Report on plague in the Punjab from October 1st ... to September 30th ..., being the ... season of plague in the province
Disease focus: Plague
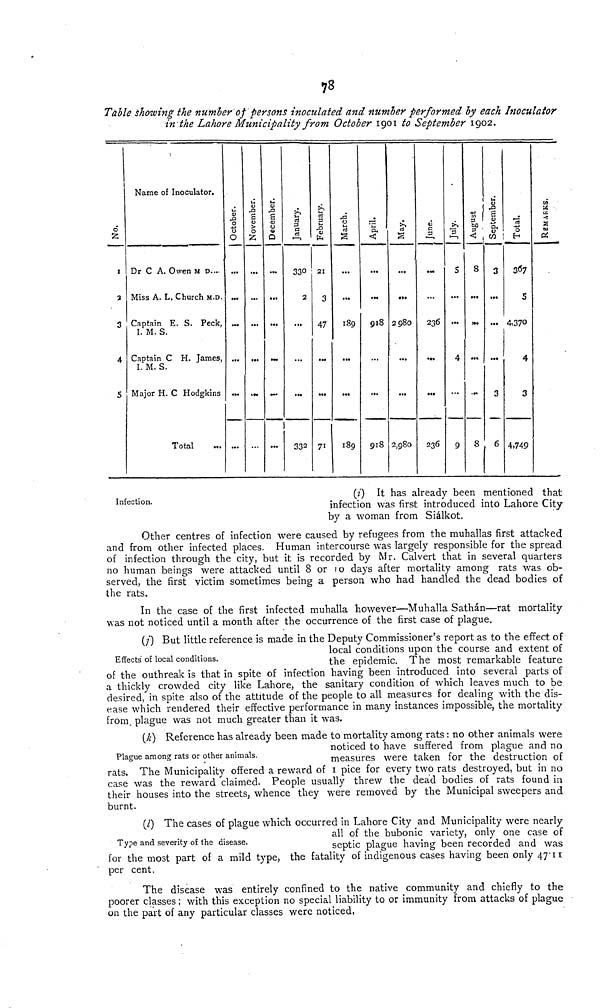
78
Table showing the number of persons inoculated and number performed by each Inoculator
in the Lahore Municipality from October 1901 to September 1902.
No.
1
1
3
4
5
Name of Inoculator.
Dr C A. Owen M D...
Miss A. L. Church M.D.
Captain E. S. Peck,
I. M. S.
Captain C H. James,
I. M. S.
Major H. C Hodgkins
Total
October.
...
•••
...
November.
...
...
December.
•••
...
January.
330
2
332
February.
21
3
47
71
March.
...
189
189
April.
...
918
918
May.
...
2980
2,980
c
3
•—1
...
236
236
1—1
5
...
4
9
August
8
...
8
September.
3
...
...
3
6
Total.
367
5
4.370
4
3
4,749
REMARKS.
Infection.
(i) It has already been mentioned that
infection was first introduced into Lahore City
by a woman from Siálkot.
Other centres of infection were caused by refugees from the muhallas first attacked
and from other infected places. Human intercourse was largely responsible for the spread
of infection through the city, but it is recorded by Mr. Calvert that in several quarters
no human beings were attacked until 8 or 10 days after mortality among rats was ob-
served, the first victim sometimes being a person who had handled the dead bodies of
the rats.
In the case of the first infected muhalla however—Muhalla Sathán—rat mortality
was not noticed until a month after the occurrence of the first case of plague.
Effects' of local conditions.
(i) But little reference is made in the Deputy Commissioner's report as to the effect of
local conditions upon the course and extent of
the epidemic. The most remarkable feature
of the outhreak is that in spite of infection having been introduced into several parts of
a thickly crowded city like Lahore, the sanitary condition of which leaves much to be
desired, in spite also of the attitude of the people to all measures for dealing with the dis-
ease which rendered their effective performance in many instances impossible, the mortality
from, plague was not much greater than it was.
Plague among rats or other animals.
(k) Reference has already been made to mortality among rats : no other animals were
noticed to have suffered from plague and no
measures were taken for the destruction of
rats. The Municipality offered a reward of 1 pice for every two rats destroyed, but in no
case was the reward claimed. People usually threw the dead bodies of rats found in
their houses into the streets, whence they were removed by the Municipal sweepers and
burnt.
Type and severity of the disease.
(l) The cases of plague which occurred in Lahore City and Municipality were nearly
all of the bubonic variety, only one case of
septic plague having been recorded and was
for the most part of a mild type, the fatality of indigenous cases having been only 47-11
per cent,
The disease was entirely confined to the native community and chiefly to the
poorer classes; with this exception no special liability to or immunity from attacks of plague
on the part of any particular classes were noticed,